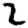
Digit: 2